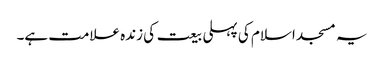
یہ مسجد اسلام کی پہلی بیعت کی زندہ علامت ہے۔